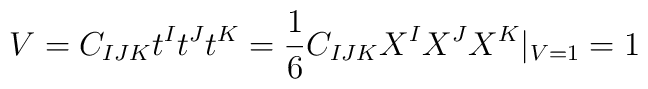
V=C_{IJK}t^{I}t^{J}t^{K}=\frac{1}{6}C_{IJK}X^{I}X^{J}X^{K}|_{V=1}=1